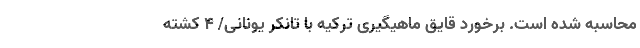
محاسبه شده است. برخورد قایق ماهیگیری ترکیه با تانکر یونانی/ 4 کشته